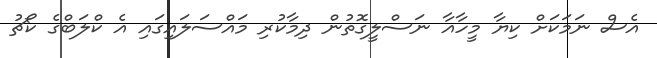
އެސް ނަމަކަށް ކިޔާ މީހާއާ ނަސްލީގޮތުން ދިމާކުރި މައްސަލައިގައި އެ ކްލަބްގެ ކޯޗު